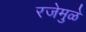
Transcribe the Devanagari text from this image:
रजेमुळे